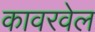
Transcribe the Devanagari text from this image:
कावरवेल